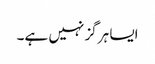
ایسا ہرگز نہیں ہے۔